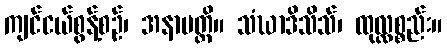
ကျင်ငယ်စွန့်စဉ်၊ အနာပတ္တိ။ သံဃာဒိသိသ်၊ ထုလ္လစ္စည်း။